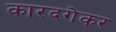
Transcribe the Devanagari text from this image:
कारदगेकर